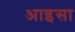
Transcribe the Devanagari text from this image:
आइसा